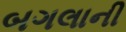
બગલાની